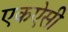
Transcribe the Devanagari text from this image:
एकऐसी